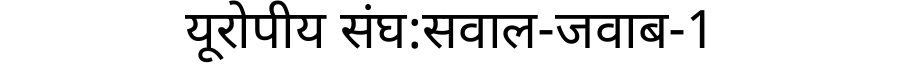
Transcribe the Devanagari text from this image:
यूरोपीय संघ:सवाल-जवाब-1